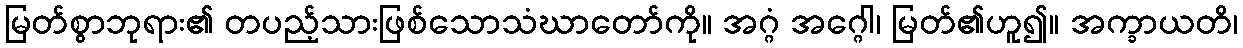
မြတ်စွာဘုရား၏ တပည့်သားဖြစ်သောသံဃာတော်ကို။ အဂ္ဂံ အဂ္ဂေါ၊ မြတ်၏ဟူ၍။ အက္ခာယတိ၊